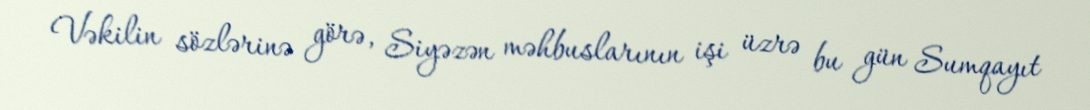
Vəkilin sözlərinə görə, Siyəzən məhbuslarının işi üzrə bu gün Sumqayıt